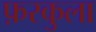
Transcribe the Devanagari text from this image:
फ़रकुला